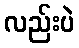
လည်းပဲ